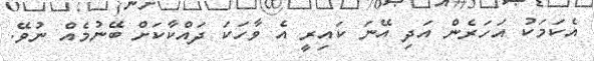
އެކަމަކު އަހަރެން އަދި އޭނަ ކައިރީ އެ ވާހަކަ ދައްކާކަށް ބޭނުމެއް ނުވޭ.